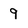
Character: 9